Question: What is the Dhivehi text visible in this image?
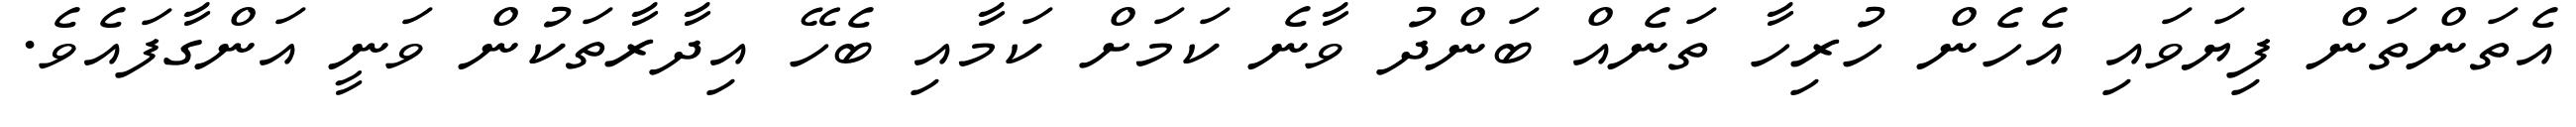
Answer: އެތަންތަން ފިޔަވައި އެހެން ހުރިހާ ތަނެއް ބަންދު ވާނެ ކަމަށް ކަމާއި ބެހޭ އިދާރާތަކުން ވަނީ އަންގާފައެވެ.